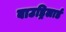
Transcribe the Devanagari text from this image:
बाउड्रिलार्ड